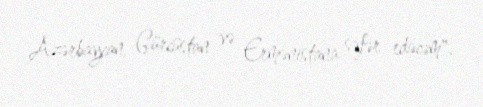
Azərbaycan, Gürcüstan və Ermənistana səfər edəcəm".